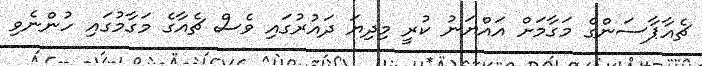
ޗެއާޕާސަންގެ މަގާމަށް އައްޔަނު ކުރީ މިދިޔަ ދައުރުގައި ވެސް ޗެއާގެ މަގާމުގައި ހުންނެވި